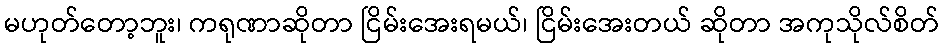
မဟုတ်တော့ဘူး၊ ကရုဏာဆိုတာ ငြိမ်းအေးရမယ်၊ ငြိမ်းအေးတယ် ဆိုတာ အကုသိုလ်စိတ်